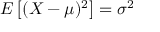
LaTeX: E \left[ ( X - \mu ) ^ { 2 } \right] = \sigma ^ { 2 }